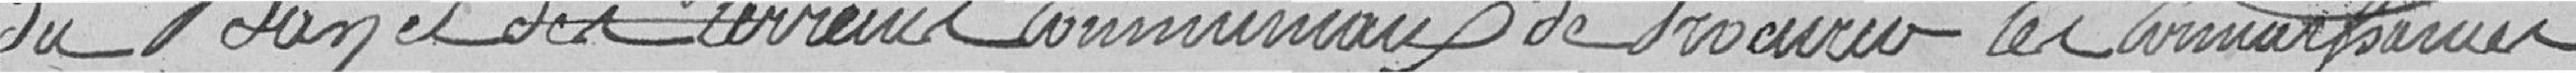
du  et des terrains communaux, de procurer les connaissances